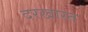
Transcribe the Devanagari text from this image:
दरखास्त